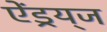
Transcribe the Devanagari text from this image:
ऐंड्रय्‌ज